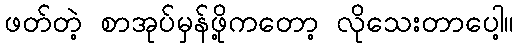
ဖတ်တဲ့ စာအုပ်မှန်ဖို့ကတော့ လိုသေးတာပေါ့။